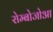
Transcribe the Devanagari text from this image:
रोम्बोजोआ